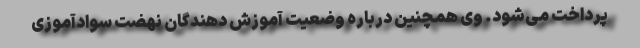
پرداخت می‌شود. وی همچنین درباره وضعیت آموزش دهندگان نهضت سوادآموزی